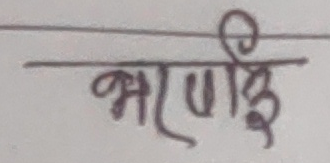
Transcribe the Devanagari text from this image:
भरणाई